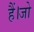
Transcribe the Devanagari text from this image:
हैं।जो